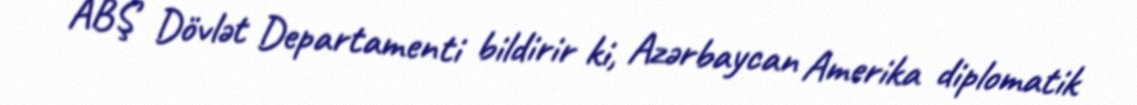
ABŞ Dövlət Departamenti bildirir ki, Azərbaycan Amerika diplomatik